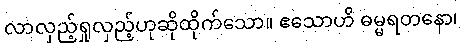
လာလှည့်ရှုလှည့်ဟုဆိုထိုက်သော။ ဧသောဟိ ဓမ္မရတနော၊